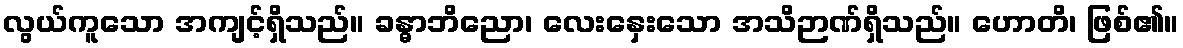
လွယ်ကူသော အကျင့်ရှိသည်။ ခန္ဓာဘိညော၊ လေးနှေးသော အသိဉာဏ်ရှိသည်။ ဟောတိ၊ ဖြစ်၏။